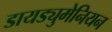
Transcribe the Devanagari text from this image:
डायड्युमेनियन